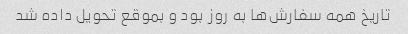
تاریخ همه سفارش‌ها به روز بود و بموقع تحویل داده شد